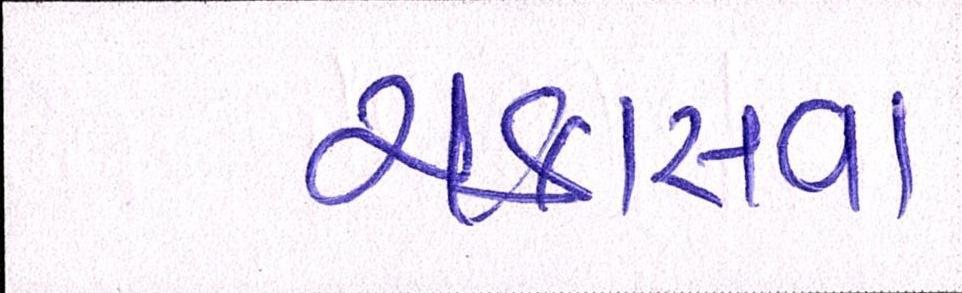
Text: ચકાસવા